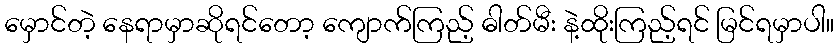
မှောင်တဲ့ နေရာမှာဆိုရင်တော့ ကျောက်ကြည့် ဓါတ်မီး နဲ့ထိုးကြည့်ရင် မြင်ရမှာပါ။